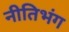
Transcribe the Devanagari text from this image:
नीतिभंग